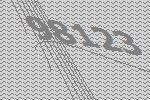
98123